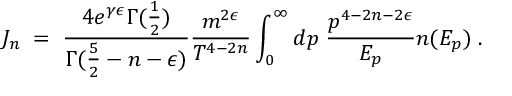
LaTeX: J _ { n } \; = \; { \frac { 4 e ^ { \gamma \epsilon } \Gamma ( { \frac { 1 } { 2 } } ) } { \Gamma ( { \frac { 5 } { 2 } } - n - \epsilon ) } } { \frac { m ^ { 2 \epsilon } } { T ^ { 4 - 2 n } } } \int _ { 0 } ^ { \infty } d p \; { \frac { p ^ { 4 - 2 n - 2 \epsilon } } { E _ { p } } } n ( E _ { p } ) \; .